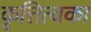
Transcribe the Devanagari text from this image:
कृत्तित्वका